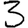
Digit: 3